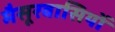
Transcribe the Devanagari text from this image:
मैसूरवासियों